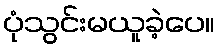
ပုံသွင်းမယူခဲ့ပေ။